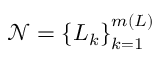
\mathcal { N } = \left\{ L _ { k } \right\} _ { k = 1 } ^ { m ( L ) }